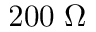
2 0 0 \; \Omega